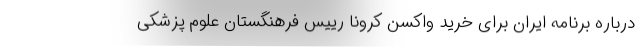
درباره برنامه ایران برای خرید واکسن کرونا رییس فرهنگستان علوم پزشکی